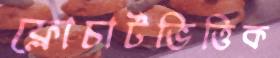
ফ্লোচার্টভিত্তিক